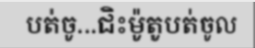
បត់ចូ...ជិះម៉ូតូបត់ចូល